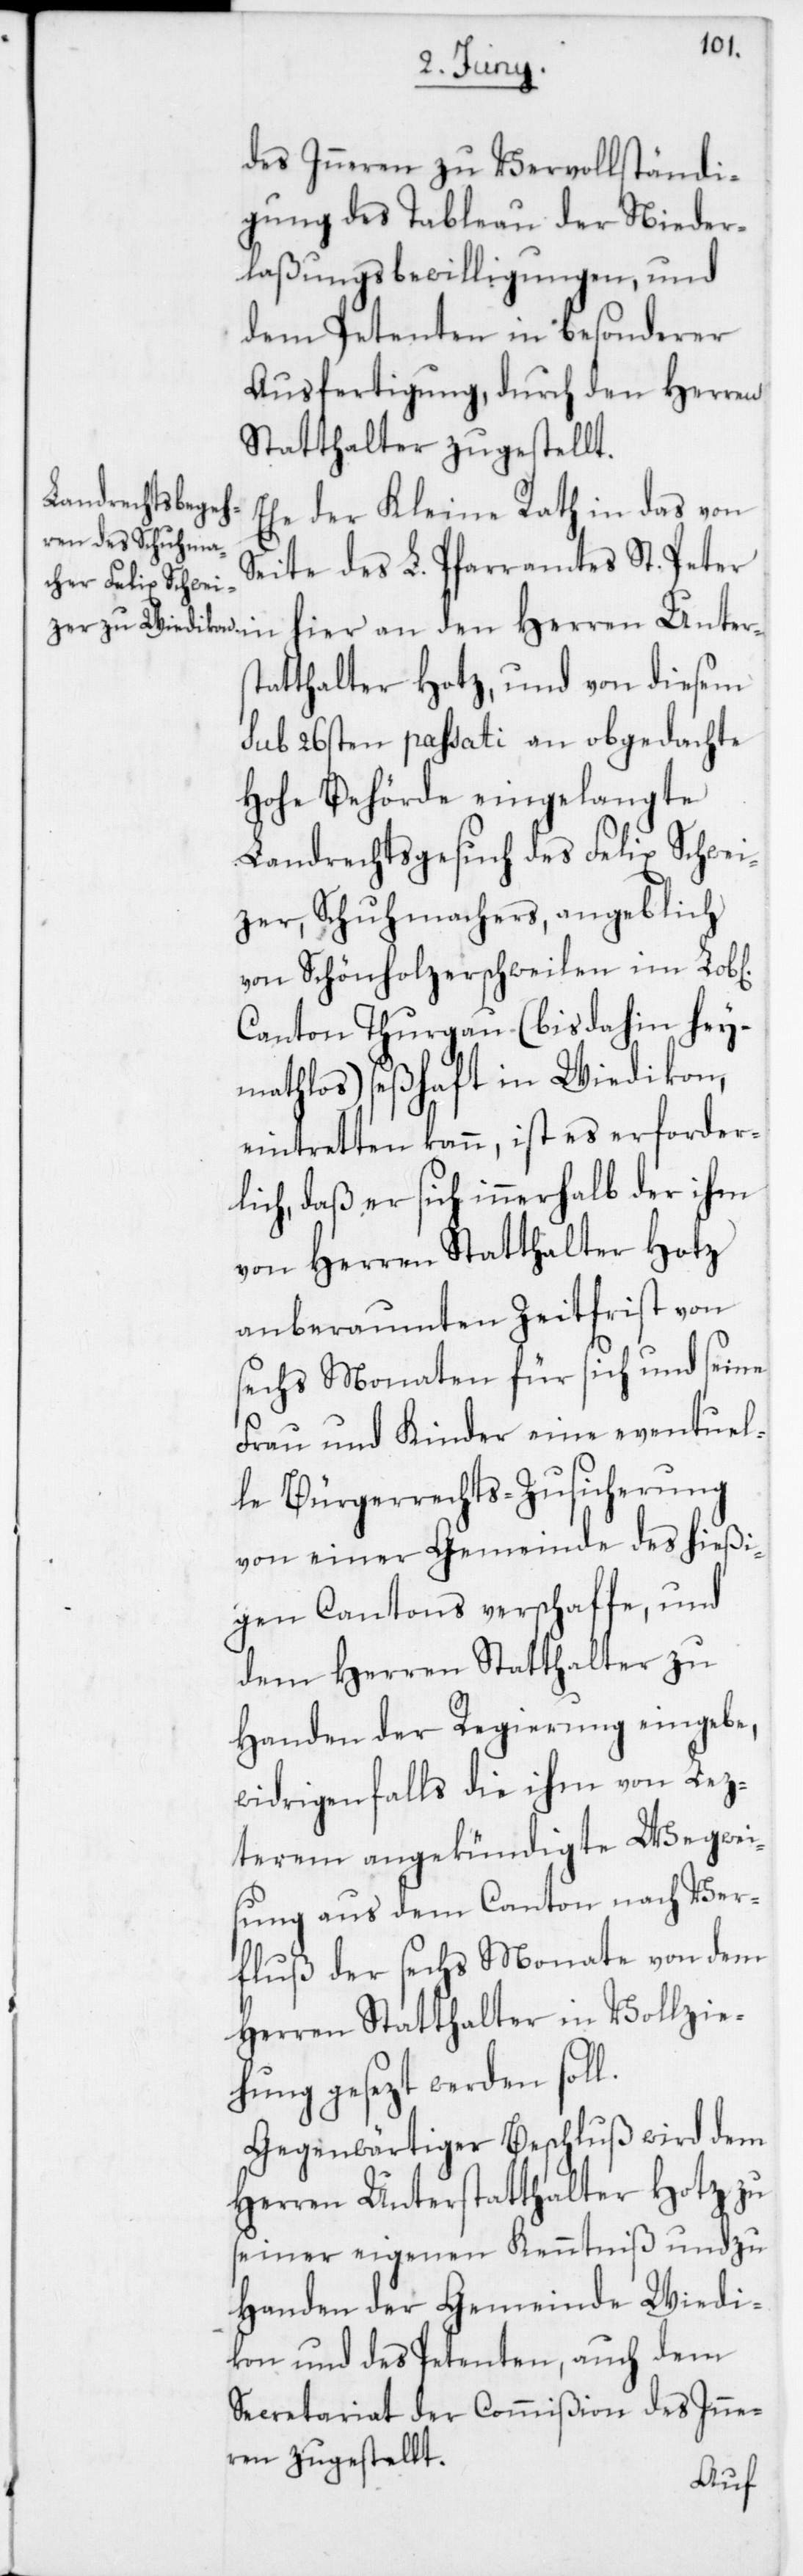
ichen]
des Inneren zu Vervollständi¬
gung des Tableau der Nieder¬
laßungsbewilligungen und
dem Petenten in besonderer
Ausfertigung, durch den Herren
Statthalter zugestellt.
Ehe der Kleine Rath in das von
Seite des L. Pfarramtes St. Peter
hier an den Herren Unters¬
tatthalter Hotz und von diesem
sub 26sten passati an obgedachte
Hohe Behörde eingelangte
Landrechtsgesuch des Felix Schwei¬
zer, Schuhmachers, angeblich
von Schönholzerschweilen im Lob[l¬
Canton Thurgau (bis dahin hey¬
mathlos), seßhaft in Wiedikon,
eintretten kann, ist es erforder¬
lich, daß er sich innerhalb der ihm
von Herren Statthalter Hotz
anberaumten Zeitfrist von
sechs Monaten für sich und seine
Frau und Kinder eine eventuel¬
le Bügerrechts-Zusicherung
von einer Gemeinde des hießi¬
gen Cantons verschaffe, und
dem Herren Statthalter zu
Handen der Regierung eingebe,
widrigenfalls die ihm von Lez¬
terem angekündigte Wegwei¬
sung aus dem Canton nach Ver¬
fluß der sechs Monate von dem
Herren Statthalter in Vollzie¬
hung gesezt werden soll.
Gegenwärtiger Beschluß wird dem
Herren Unterstatthalter Hotz zu
seiner eigenen Kenntniß und zu
Handen der Gemeinde Wiedi¬
kon und des Petenten, auch dem
Secretariat der Commißion des Inne¬
ren zugestellt.